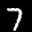
Label: 7